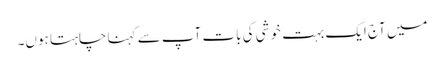
میں آج ایک بہت خوشی کی بات آپ سے کہنا چاہتا ہوں۔